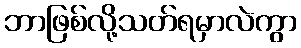
ဘာဖြစ်လို့သတ်ရမှာလဲကွာ